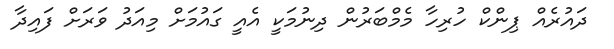
ދައުރެއް ޕިންކް ހުރިހާ މެމްބަރުން ދިނުމަކީ އެއީ ގައުމަށް މިއަދު ވަރަށް ފައިދާ